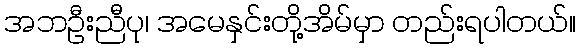
အဘဦးညီပု၊ အမေနှင်းတို့အိမ်မှာ တည်းရပါတယ်။